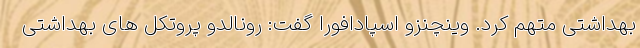
بهداشتی متهم کرد. وینچنزو اسپادافورا گفت: رونالدو پروتکل های بهداشتی